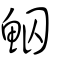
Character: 鮂